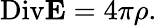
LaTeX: \mathrm{Div}{\mathbf E}=4\pi\rho.